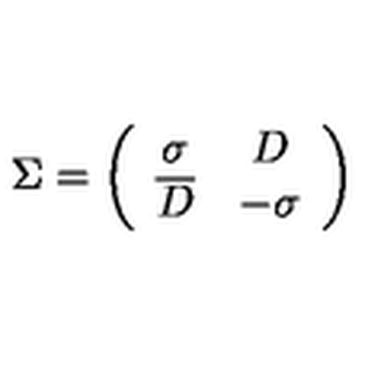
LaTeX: \Sigma = \left( \begin{array} { c c } { \sigma } & { D } \\ { \overline { D } } & { - \sigma } \\ \end{array} \right)